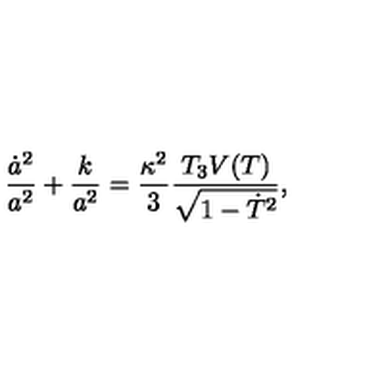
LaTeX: \frac { \dot { a } ^ { 2 } } { a ^ { 2 } } + \frac { k } { a ^ { 2 } } = \frac { \kappa ^ { 2 } } { 3 } \frac { T _ { 3 } V ( T ) } { \sqrt { 1 - \dot { T } ^ { 2 } } } ,